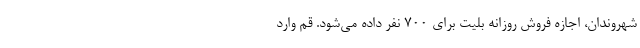
شهروندان، اجازه فروش روزانه بلیت برای ۷۰۰ نفر داده می‌شود. قم وارد